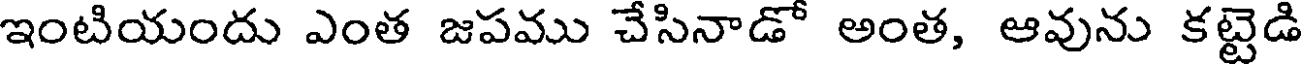
ఇంటియందు ఎంత జపము చేసినాడో అంత, ఆవును కట్టెడి